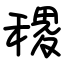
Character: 稷